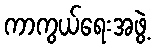
ကာကွယ်ရေးအဖွဲ့